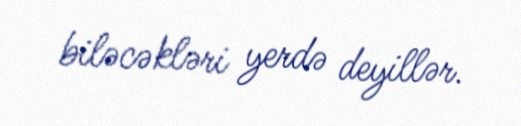
biləcəkləri yerdə deyillər.